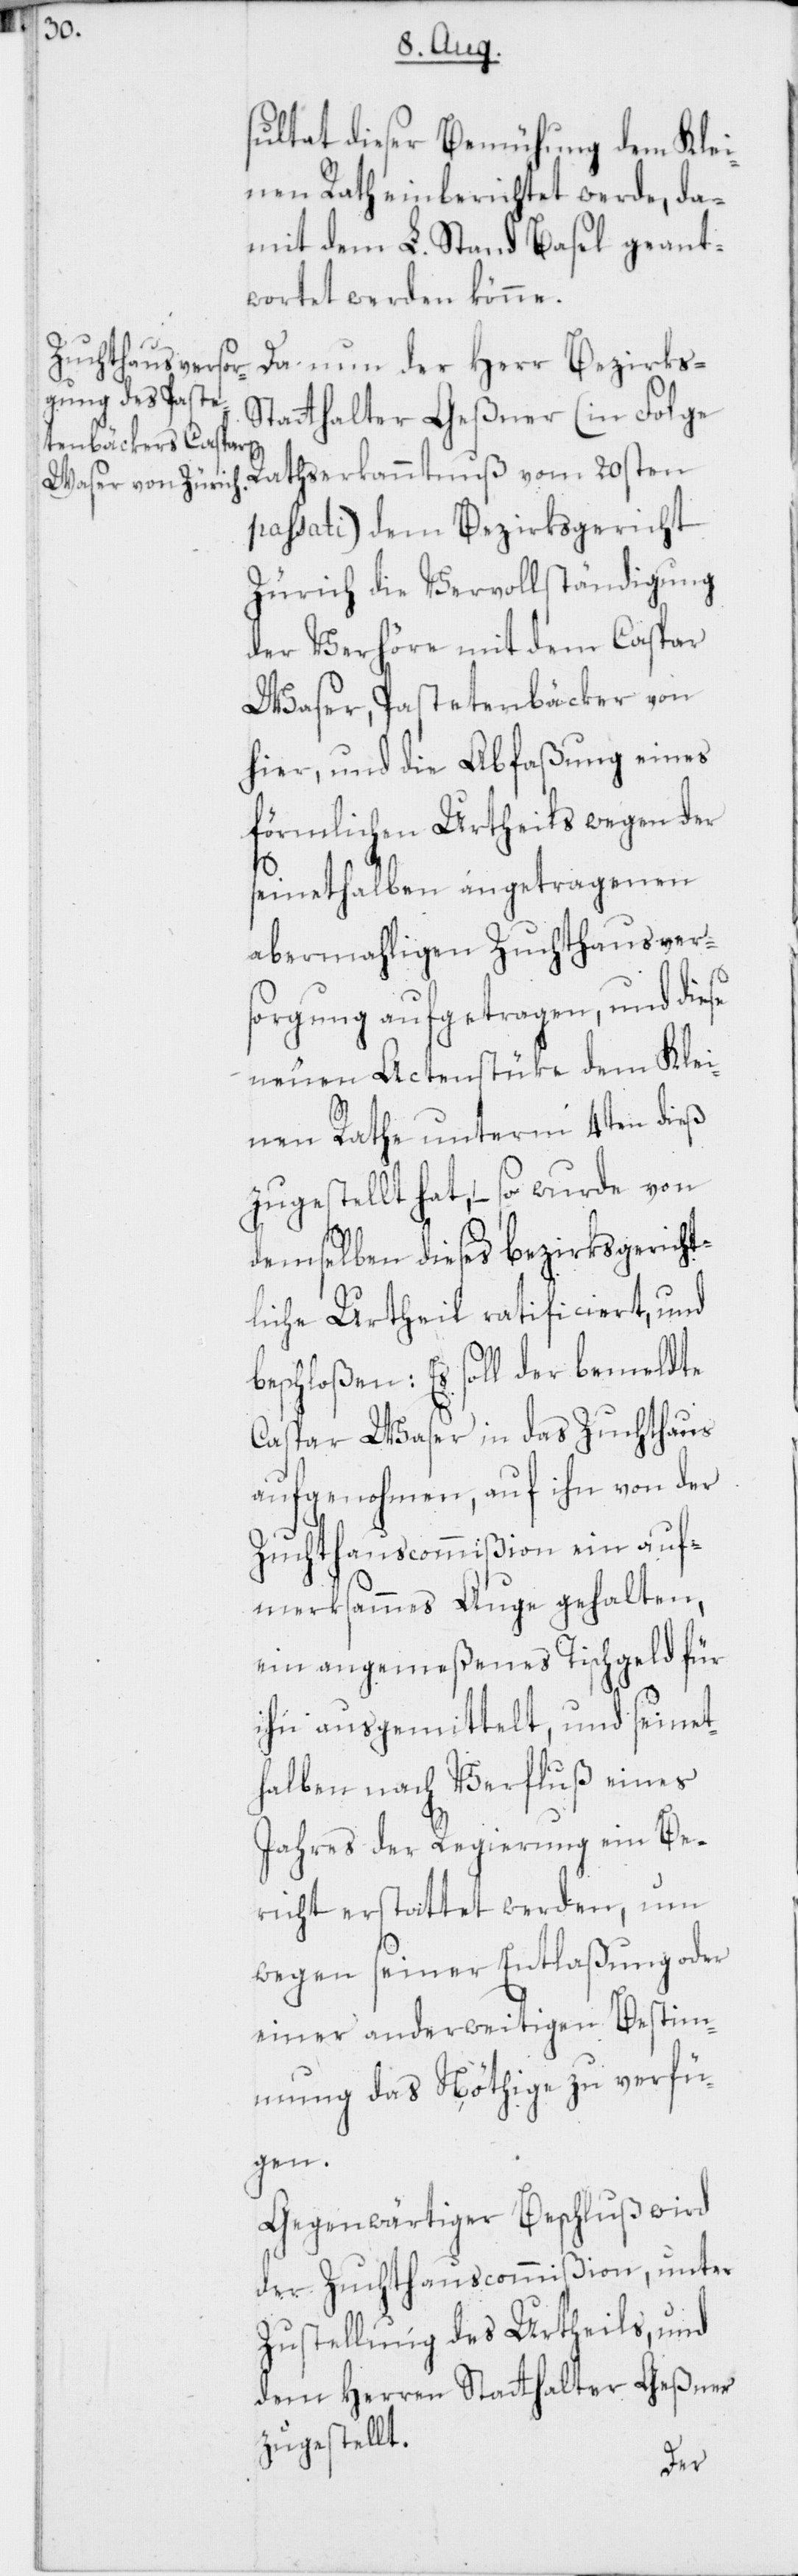
sultat dieser Bemühung dem Klei¬
nen Rath einberichtet werde, da¬
mit dem L. Stand Basel geant¬
wortet werden könne.
Da nun der Herr Bezirks-S¬
tatthalter Geßner (in Folge
Rathserkanntnuß vom 20sten
passati) dem Bezirksgericht
Zürich die Vervollständigung
der Verhöre mit dem Caspar
Waser, Pastetenbäcker von
hier, und die Abfaßung eines
förmlichen Urtheils wegen der
seinethalben angetragenen
abermahligen Zuchthausver¬
sorgung aufgetragen, und diese
neuen Actenstüke dem Klei¬
nen Rathe unterm 4ten dieß
zugestellt hat, – so wurde von
demselben dieses bezirksgericht¬
liche Urtheil ratificiert, und
beschloßen: Es soll der bemeldte
Caspar Waser in das Zuchthaus
aufgenohmen, auf ihn von der
Zuchthauscommißion ein auf¬
merksammes Auge gehalten,
ein angemeßenes Tischgeld für
ihn ausgemittelt, und seinet¬
halben nach Verfluß eines
Jahres der Regierung ein Be¬
richt erstattet werden, um
wegen seiner Entlaßung oder
einer anderweitigen Bestim¬
mung das Nöthige zu verfü¬
gen.
Gegenwärtiger Beschluß wird
der Zuchthauscommißion, unter
Zustellung des Urtheils, und
dem Herren Statthalter Geßner
zugestellt.